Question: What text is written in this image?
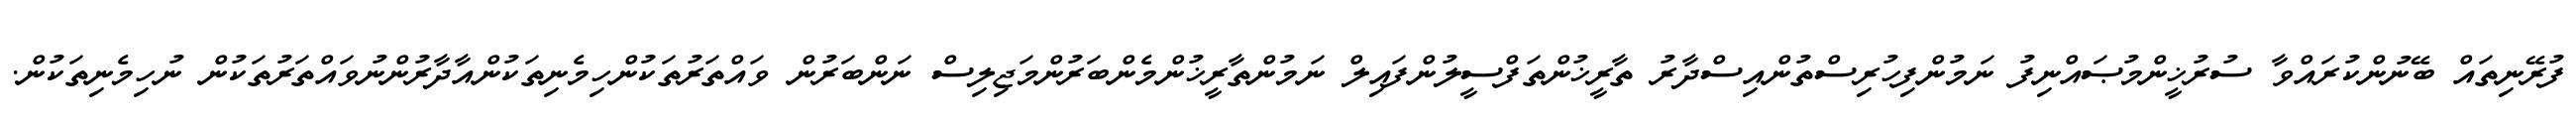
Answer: ފުރޭނިތައް ބޭނުންކުރައްވާ ސުރުޚީންމުޞައްނިފު ނަމުންފިހުރިސްތުންއިސްދާރު ތާރީޚުންތަފްސީލުންފައިލް ނަމުންތާރީޚުންމެންބަރުންމަޖިލިސް ނަންބަރުން ވައްތަރުތަކުންހިމެނިތަކުންއާދާރުންނުވައްތަރުތަކުން ނުހިމެނިތަކުން.